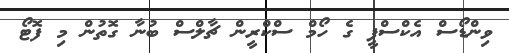
ވިންޑޯސް އެކްސްޕީ ގެ ހޯމް ސްކްރީން ޗާލްސް ބުނާ ގޮތުން މި ފޮޓޯ